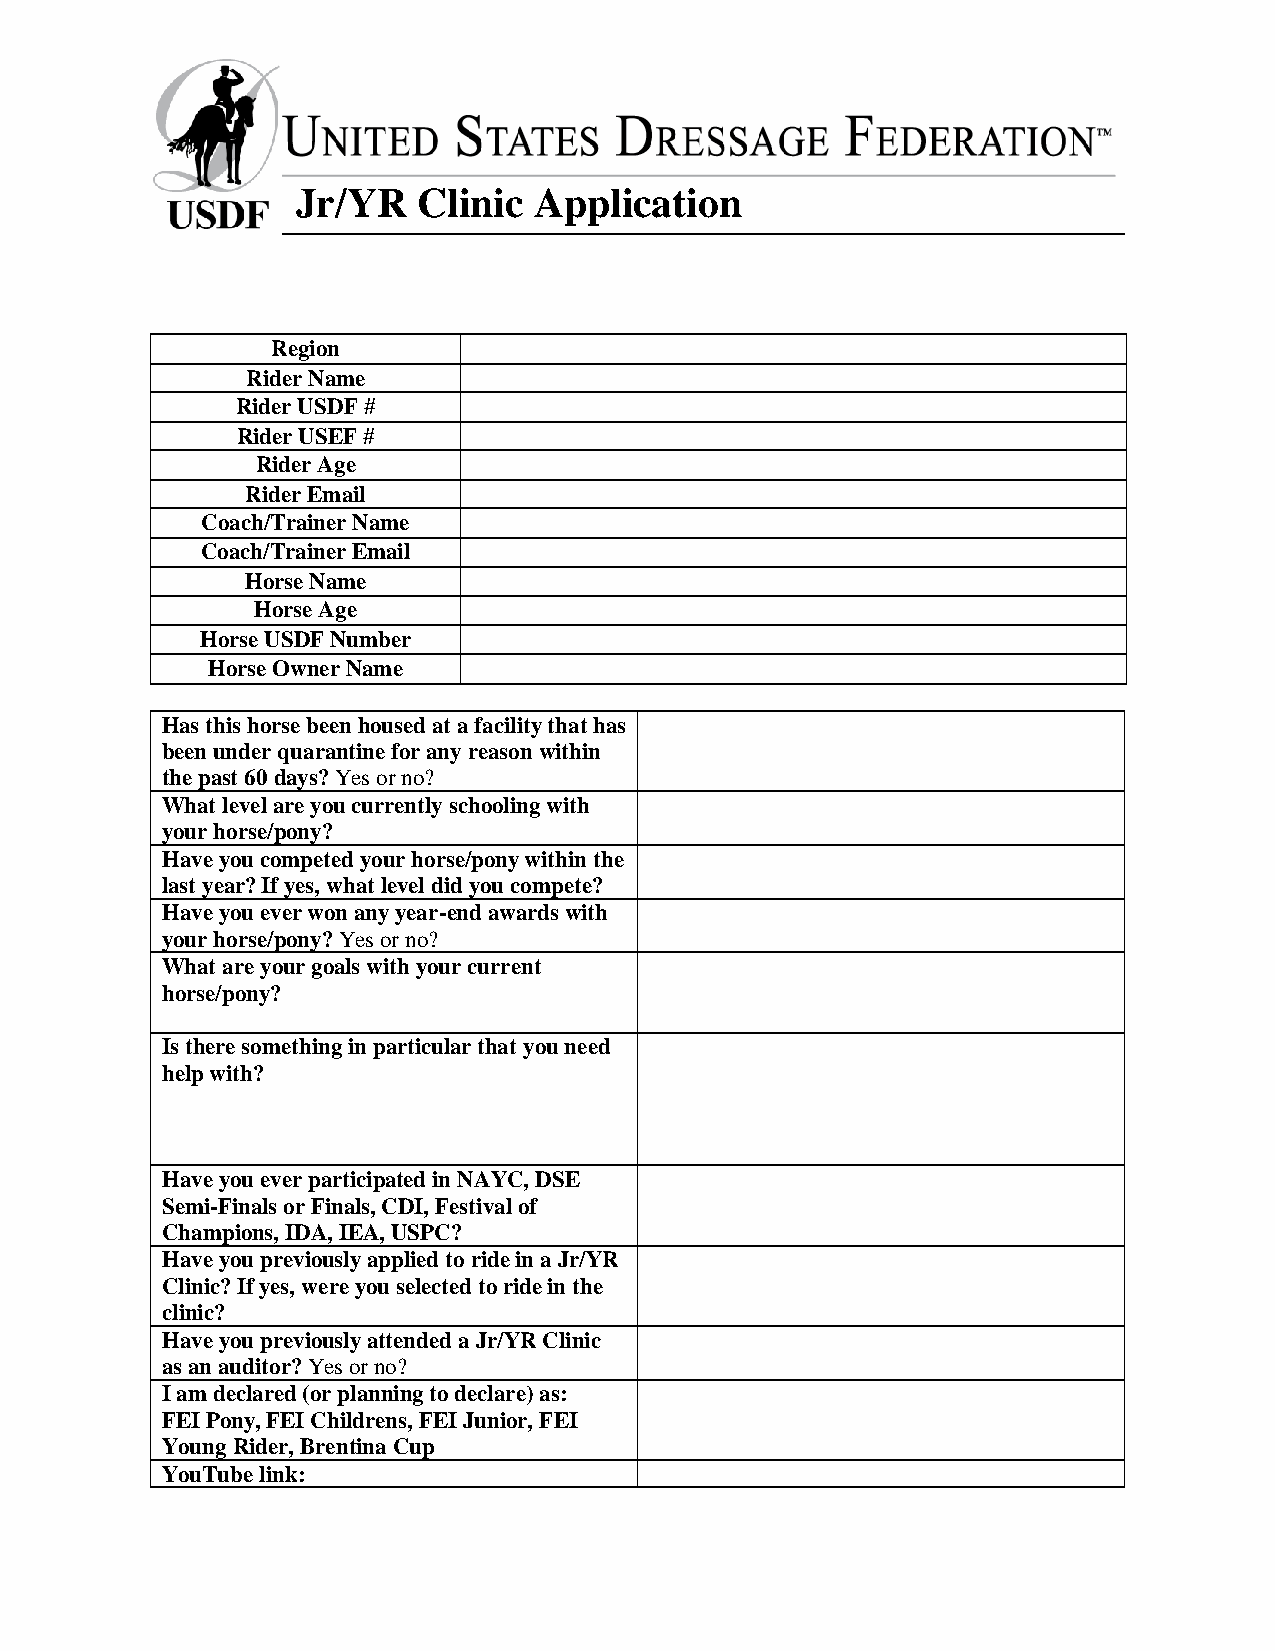
Jr/YR   Clinic Application
 Region
 Rider Name
 Rider USDF #
 Rider USEF #
 Rider Age
 Rider Email
 Coach/Trainer Name
 Coach/Trainer Email
 Horse Name
 Horse Age
 Horse USDF Number
 Horse Owner Name
 Has this horse been housed at a facility that has
 been under quarantine for any reason within
 the past 60 days? Yes or no?
 What level are you currently schooling with
 your horse/pony?
 Have you competed your horse/pony within the
 last year? If yes, what level did you compete?
 Have you ever won any year-end awards with
 your horse/pony? Yes or no?
 What are your goals with your current
 horse/pony?
 Is there something in particular that you need
 help with?
 Have you ever participated in NAYC, DSE
 Semi-Finals or Finals, CDI, Festival of
 Champions, IDA, IEA, USPC?
 Have you previously applied to ride in a Jr/YR
 Clinic? If yes, were you selected to ride in the
 clinic?
 Have you previously attended a Jr/YR Clinic
 as an auditor? Yes or no?
 I am declared (or planning to declare) as:
 FEI Pony, FEI Childrens, FEI Junior, FEI
 Young Rider, Brentina Cup
 YouTube link: